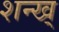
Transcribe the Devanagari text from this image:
शन्ख्